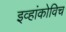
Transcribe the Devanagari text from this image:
इव्हांकोविच